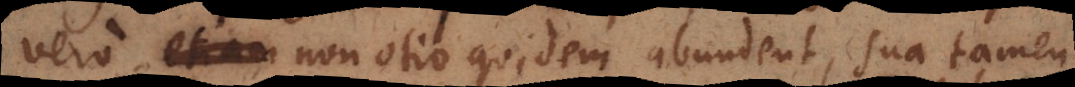
vero etiam non otio quidem abundent, sua tamen